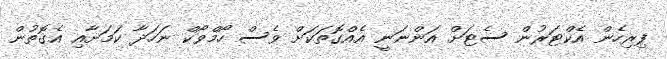
ފިރިހެން އެކްޓަރުން ސެޓަށް އަންނަނީ އެއްގޮތަކަށް ވެސް ހޯމްވޯކް ނަހަދާ ކަމަށާއި އެގޮތުން